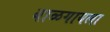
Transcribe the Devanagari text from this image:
बाळगायला